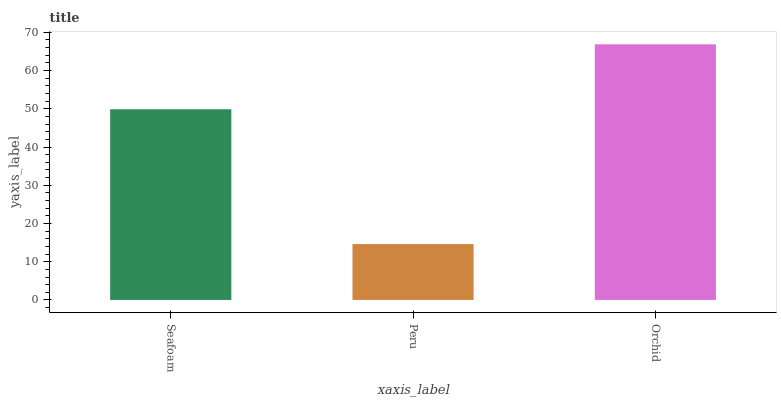
| xaxis_label | bars |
 | --- | --- |
 | Seafoam | 49.9 |
 | Peru | 14.6 |
 | Orchid | 66.9 |